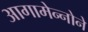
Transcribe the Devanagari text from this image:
आगामेन्नोने